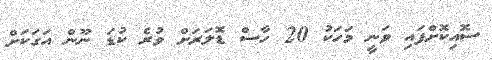
ސޮއިކޮށްފައި ވަނީ މަހަކު 20 ހާސް ޑޮލަރަށް ވުރެ ކުޑަ ނޫން އަގަކަށް